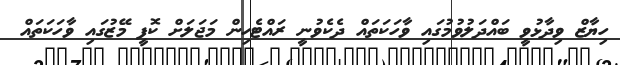
ހިޔާޒް ވިދާޅުވީ ބައްދަލުވުމުގައި ވާހަކަތައް ދެކެވުނީ ރައްޓެހިން މަޖަލަށް ކޮފީ މޭޒުގައި ވާހަކަތައް